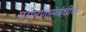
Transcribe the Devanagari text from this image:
प्रसारणासंबंधीचे